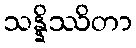
သန္နိဿိတာ